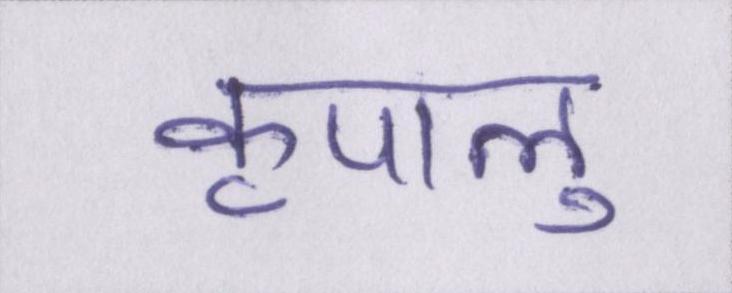
कृपालु